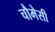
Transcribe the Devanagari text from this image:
चौमेसी